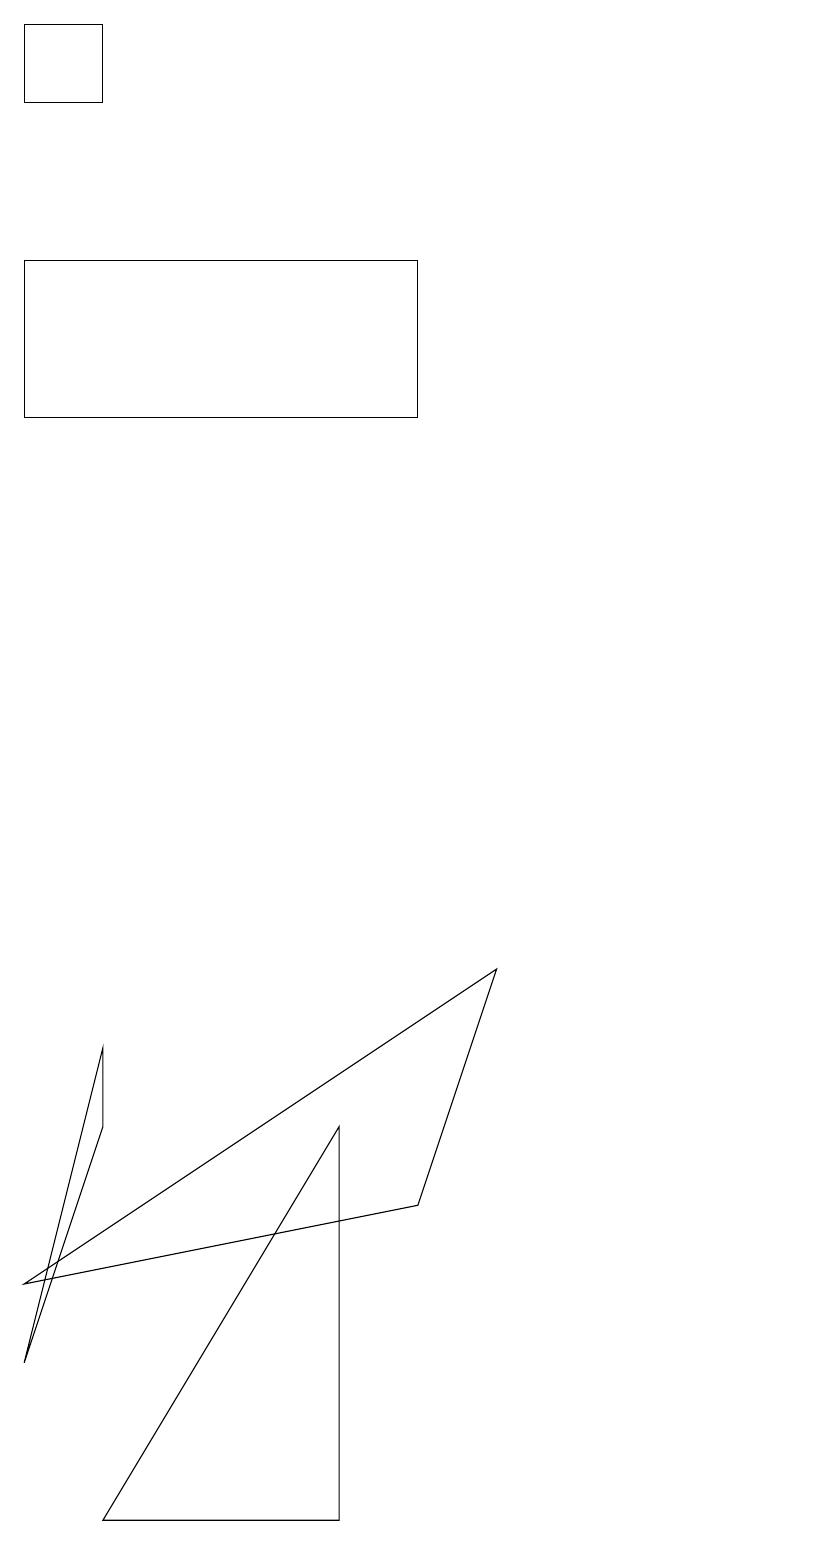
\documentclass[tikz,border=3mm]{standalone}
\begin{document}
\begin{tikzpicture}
\draw (4,0) -- (4,5) -- (1,0) -- cycle;
\draw (0,16) rectangle (5,14);
\draw (1,5) -- (0,2) -- (1,6) -- cycle;
\draw (0,18) rectangle (1,19);
\draw (10,12) circle (0);
\draw (5,4) -- (0,3) -- (6,7) -- cycle;
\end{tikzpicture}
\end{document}